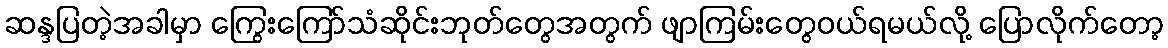
ဆန္ဒပြတဲ့အခါမှာ ကြွေးကြော်သံဆိုင်းဘုတ်တွေအတွက် ဖျာကြမ်းတွေဝယ်ရမယ်လို့ ပြောလိုက်တော့